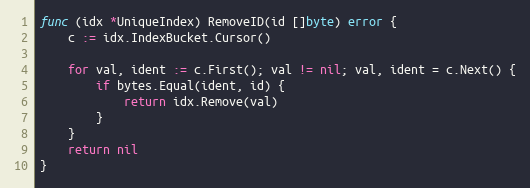
Language: Go
func (idx *UniqueIndex) RemoveID(id []byte) error {
	c := idx.IndexBucket.Cursor()

	for val, ident := c.First(); val != nil; val, ident = c.Next() {
		if bytes.Equal(ident, id) {
			return idx.Remove(val)
		}
	}
	return nil
}